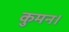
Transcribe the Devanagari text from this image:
कुमन।